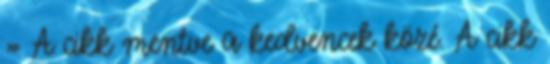
» A cikk mentve a kedvencek közé. A cikk